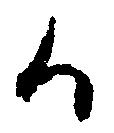
候